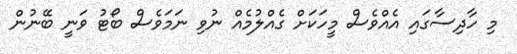
މި ހާދިސާގައި އެއްވެސް މީހަކަށް ގެއްލުމެއް ނުވި ނަމަވެސް ބޯޓު ވަނީ ބޭނުން